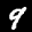
Label: 9